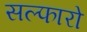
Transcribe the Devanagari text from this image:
सल्फारो